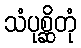
သံပုစ္ဆိတုံ